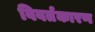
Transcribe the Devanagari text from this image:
विवर्तकारण